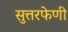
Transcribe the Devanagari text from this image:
सुत्तरफेणी